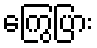
ကြွေပြား